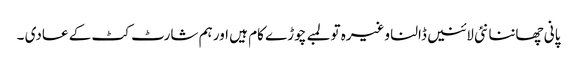
پانی چھاننا نئی لائنیں ڈالنا وغیرہ تو لمبے چوڑے کام ہیں اور ہم شارٹ کٹ کے عادی ۔